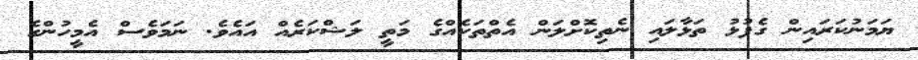
ޔަމަނުކަރައިން ގެފުޅު ތަޅާލައި ނެތިކޮށްލަން އެތްތަކެއްގެ މަތީ ލަޝްކަރެއް އައެވެ. ނަމަވެސް އެމީހުންގެ